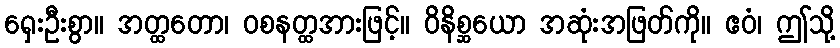
ရှေးဦးစွာ။ အတ္ထတော၊ ဝစနတ္ထအားဖြင့်။ ဝိနိစ္ဆယော အဆုံးအဖြတ်ကို။ ဧဝံ၊ ဤသို့